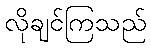
လိုချင်ကြသည်